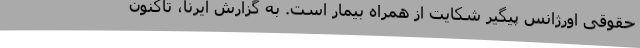
حقوقی اورژانس پیگیر شکایت از همراه بیمار است. به گزارش ایرنا، تاکنون